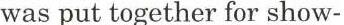
was put together for show-